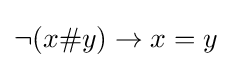
\neg (x\#y)\to x=y